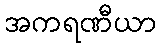
အကရဏီယာ